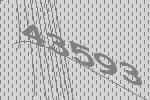
43593